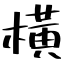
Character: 橫